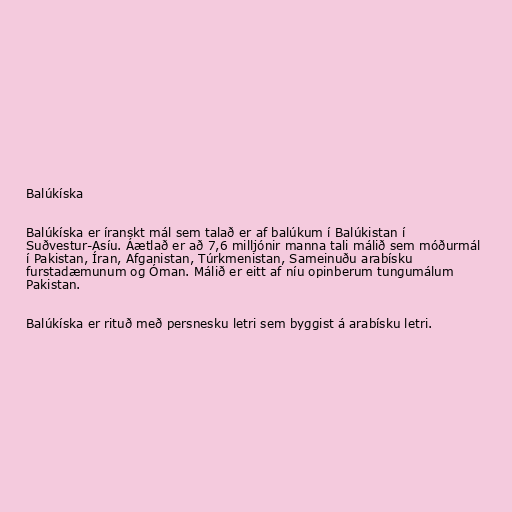
Balúkíska

Balúkíska er íranskt mál sem talað er af balúkum í Balúkistan í
Suðvestur-Asíu. Áætlað er að 7,6 milljónir manna tali málið sem móðurmál
í Pakistan, Íran, Afganistan, Túrkmenistan, Sameinuðu arabísku
furstadæmunum og Óman. Málið er eitt af níu opinberum tungumálum
Pakistan.

Balúkíska er rituð með persnesku letri sem byggist á arabísku letri.